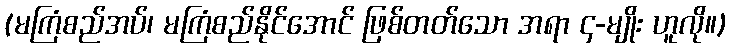
(မကြံစည်အပ်၊ မကြံစည်နိုင်အောင် ဖြစ်တတ်သော အရာ ၄-မျိုး ဟူလို။)